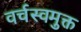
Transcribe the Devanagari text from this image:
वर्चस्वमुक्त